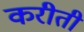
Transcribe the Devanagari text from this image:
करीती